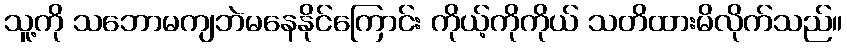
သူ့ကို သဘောမကျဘဲမနေနိုင်ကြောင်း ကိုယ့်ကိုကိုယ် သတိထားမိလိုက်သည်။